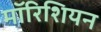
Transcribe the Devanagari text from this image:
मॉरिशियन